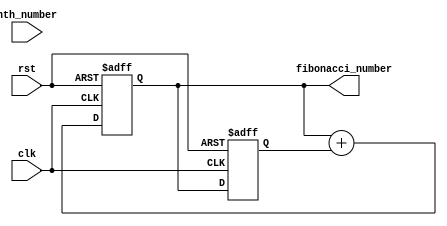
module fibonacci(
	input clk,
	input rst,
	input [7:0] nth_number,
	output [19:0] fibonacci_number
);

reg [19:0] previous_value, current_value;
reg [7:0] internal_counter;
reg number_ready;

always@(posedge clk or posedge rst) begin
	if(rst) begin
		previous_value <= 'd0;
		current_value <= 'd1;
		internal_counter <= 'd1;
		number_ready <= 'd0;
	end
	else begin
		internal_counter <= internal_counter + 1;
		current_value <= current_value + previous_value;
		previous_value <= current_value;
      	if(internal_counter == (nth_number -2)) begin
			number_ready <= 1;
		end
		else begin
			number_ready <= 0;
		end
	end
end

assign fibonacci_number = current_value;

always@(number_ready) begin
	if(number_ready) begin
      $display("N = %d, Nth Fibonacci number: %d", nth_number, fibonacci_number);
end
end
endmodule